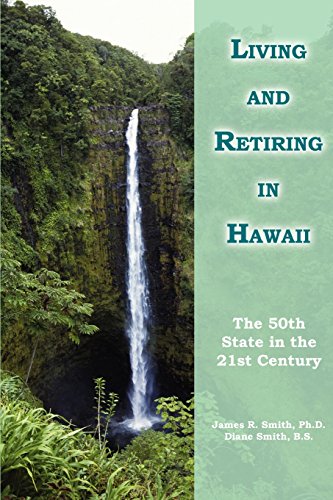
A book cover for Living and Retiring in Hawaii: The 50th State in the 21st Century; James Smith; Travel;